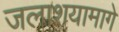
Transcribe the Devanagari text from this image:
जलाशयामागे